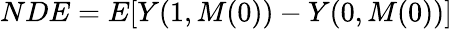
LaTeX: NDE=E[Y(1,M(0))-Y(0,M(0))]